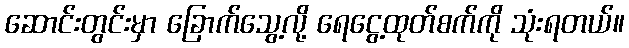
ဆောင်းတွင်းမှာ ခြောက်သွေ့လို့ ရေငွေ့ထုတ်စက်ကို သုံးရတယ်။